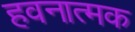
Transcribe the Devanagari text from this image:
हवनात्मक